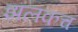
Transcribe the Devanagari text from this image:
झलकच